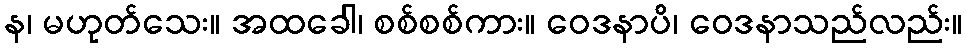
န၊ မဟုတ်သေး။ အထခေါ၊ စစ်စစ်ကား။ ဝေဒနာပိ၊ ဝေဒနာသည်လည်း။